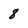
Character: 8